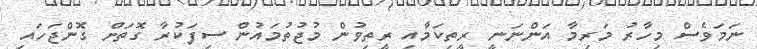
ނަމަވެސް މިހާރު މަރިމާ އަންނަނީ ރީތިކަމާއި ރީތިވުން މުޖުތުމައުން ސިފަކުރާ ގޮތަށް ގޮންޖަހައި